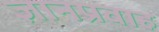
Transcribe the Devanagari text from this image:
ज्ञानप्रवाह